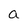
Character: a